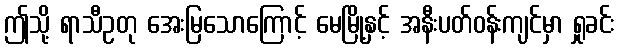
ဤသို့ ရာသီဥတု အေးမြသောကြောင့် မေမြို့နှင့် အနီးပတ်ဝန်းကျင်မှာ ရှုခင်း